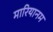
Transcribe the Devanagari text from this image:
मारियानम